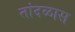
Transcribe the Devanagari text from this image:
तांदळास